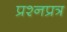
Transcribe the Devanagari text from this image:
प्रश्नप्रत्र